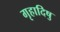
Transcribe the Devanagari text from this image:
गृहादिषु